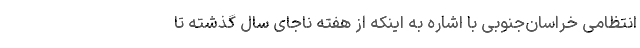
انتظامی خراسان‌جنوبی با اشاره به اینکه از هفته ناجای سال گذشته تا